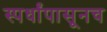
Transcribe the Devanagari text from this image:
स्पर्धांपासूनच